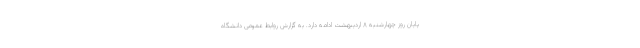
پایان روز چهارشنبه ۸ اردیبهشت ادامه دارد. به گزارش روابط عمومی دانشگاه